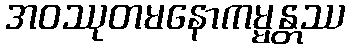
အဝဿုတမနောကမ္မန္တဿ